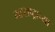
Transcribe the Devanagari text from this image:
महराष्ट्राच्या